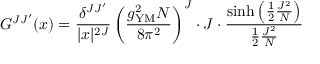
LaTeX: G ^ { J J ^ { \prime } } ( x ) = \frac { \delta ^ { J J ^ { \prime } } } { | x | ^ { 2 J } } \left( \frac { g _ { \mathrm { Y M } } ^ { 2 } N } { 8 \pi ^ { 2 } } \right) ^ { J } \cdot J \cdot \frac { \sinh \left( \frac { 1 } { 2 } \frac { J ^ { 2 } } { N } \right) } { \frac { 1 } { 2 } \frac { J ^ { 2 } } { N } }